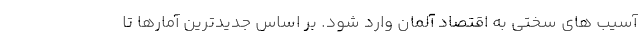
آسیب های سختی به اقتصاد آلمان وارد شود. بر اساس جدیدترین آمارها تا